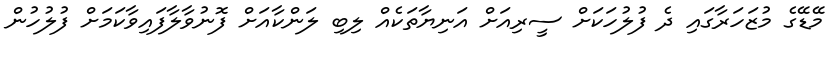
މޭޑޭގެ މުޒަހަރާގައި ދެ ފުލުހަކަށް ސީރިއަށް އަނިޔާތަކެއް ލިބި ލަންކާއަށް ފޮނުވާލާފައިވާކަމަށް ފުލުހުން